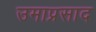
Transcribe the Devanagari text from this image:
उमाप्रसाद